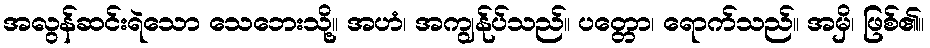
အလွန်ဆင်းရဲသော သေဘေးသို့။ အဟံ၊ အကျွန်ုပ်သည်။ ပတ္တော၊ ရောက်သည်။ အမှိ၊ ဖြစ်၏။